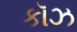
કૉઝ